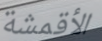
الأقمشة